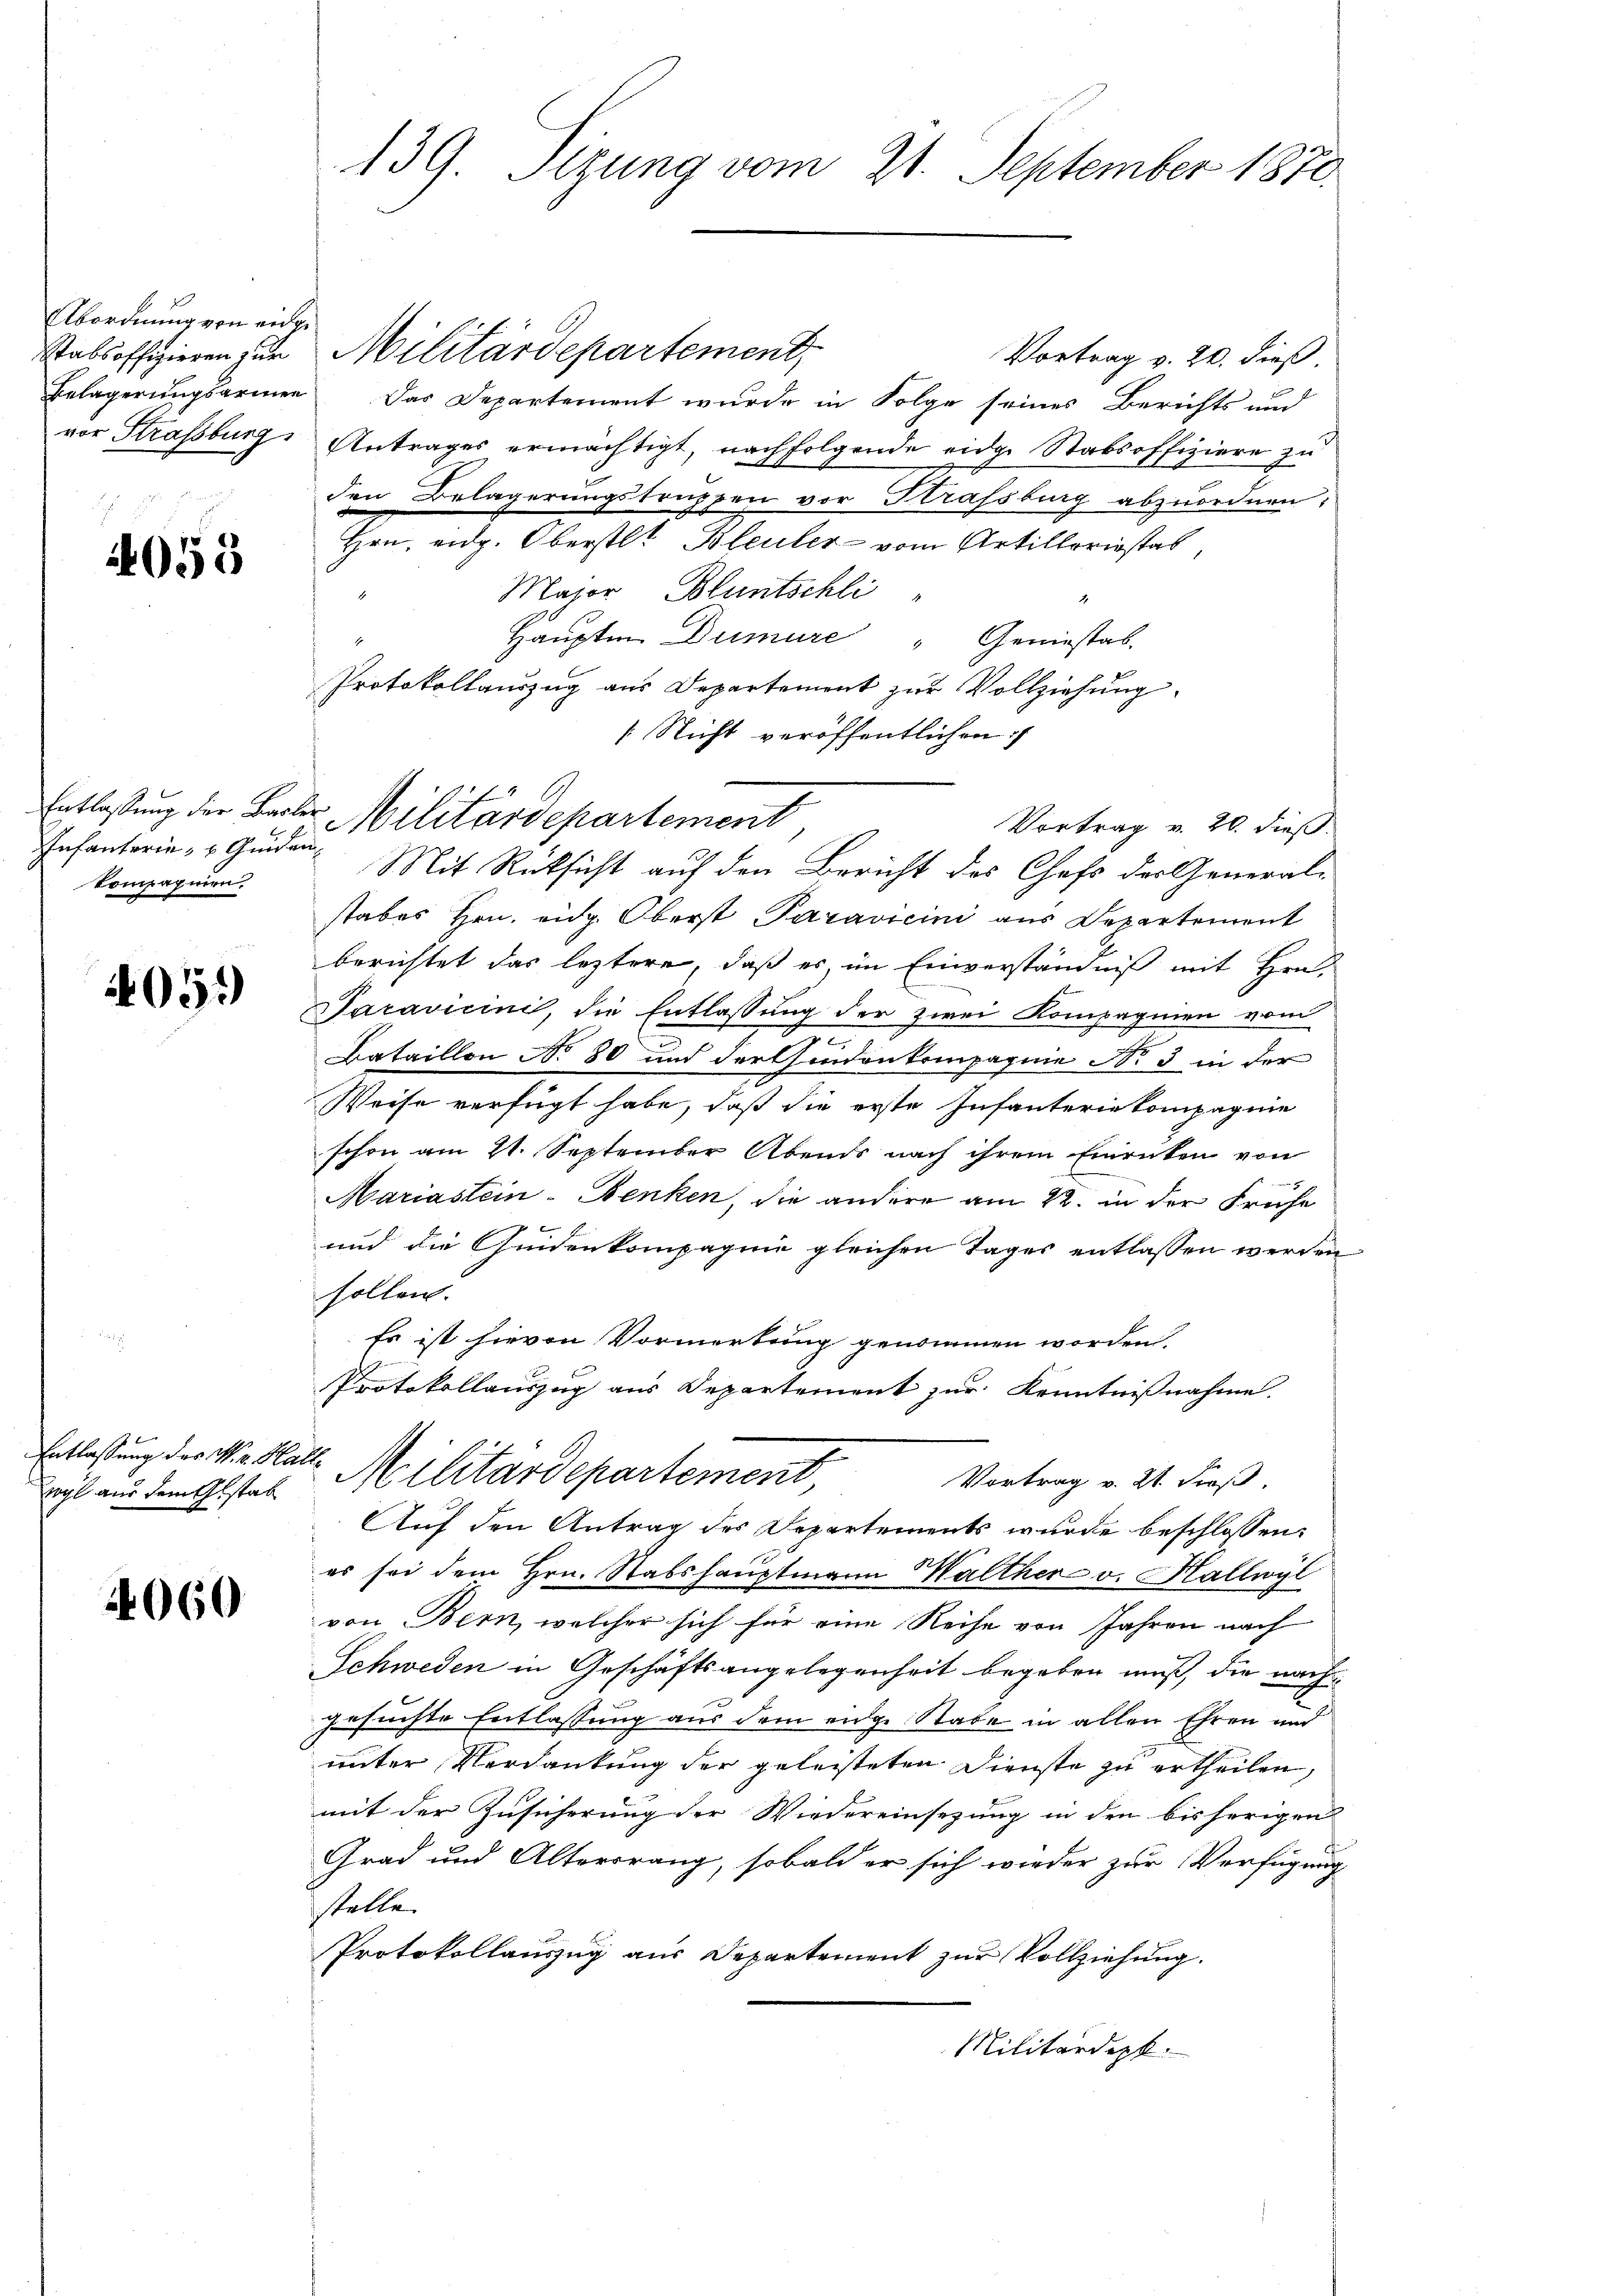
Abordnung von einge¬

4053

Infanterie- u Gunden
Compagnien.

405.

Entlassung des M. v. Halle
wogl aus dem Gestab

4060

139. Sizung vom 21. September 1870.

Stabsoffizieren zur Militärdepartement,
Vortrag v. 20. dieß.
Belagerungsarmen. Das Departement wurde in Folge seines Berichts und
vor Straßburg, Antrages ermächtigt, nachfolgende eidge Stabsoffiziere zu
den Belagerungstruppen vor Strassburg abzuordnen:
Hrn. eidg. Oberstl. Bleuler vom Artilleriestas,
Major Bluntschli
Hauptm. Dumure Geniesstab
Protokollauszug aus Departement zur Vollziehung
[Nicht veröffentlichen
Vortrag v. 20. dieß.
stabes Hrn. eidg. Oberst Paravicini aus Departement
berichtet das leztere, daß es im Einverständniß mit Hrn
Saravicini, die Entlassung der zwei Kompagnien vom
Bataillon No 80 und der Hindenkompagnie No. 3 in der
Weise verfügt habe, daß die erste Infanteriekompagnie
schon am 21. September Abends nach ihrem Einrücken von
Mariastein-Benken, die andere am 22. in der Frühe
und die Guidenkompagnie gleichen Tages entlassen werden
sollen.
Es ist hievon Vormerkung genommen worden,
Protokollauszug aus Departement zur Kenntnißnahme.
Militärdepartement,
Vortrag v. 21. dieß.
Auf den Antrag des Departements wurde beschlossen:
es sei dem Hrn. Stabshauptmann Malther v. Hallwyl
von Bern, welcher sich für eine Reihe von Jahren nach
Schweden in Geschäftsangelegenheit begeben muß, die nach
gesuchte Entlassung aus dem eige Stabe in allen Ehren und
unter Verdankung der geleisteten Dienste zu ertheilen,
mit der Zusicherung der Wiedereinsezung in den bisherigen
Grad und Altersrang, sobald er sich wieder zur Verfügung
stelle.
Protokollauszug aus Departement zur Vollziehung.
Militärdept.

Entlaßung der Basler Militärdepartement,

Mit Rücksicht auf den Bericht des Chefs der General¬